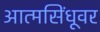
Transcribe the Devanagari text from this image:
आत्मसिंधूवर